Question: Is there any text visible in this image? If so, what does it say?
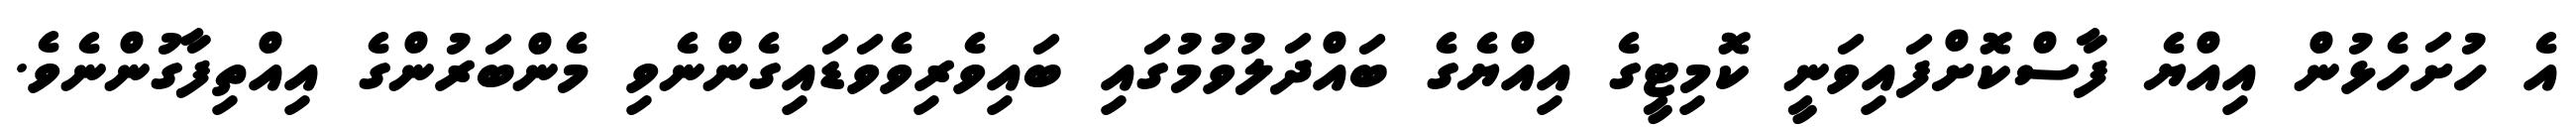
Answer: އެ ހުށަހެޅުން އިއްޔެ ފާސްކޮށްފައިވަނީ ކޮމިޓީގެ އިއްޔެގެ ބައްދަލުވުމުގައި ބައިވެރިވެވަޑައިގެންނެވި މެންބަރުންގެ އިއްތިފާގުންނެވެ.